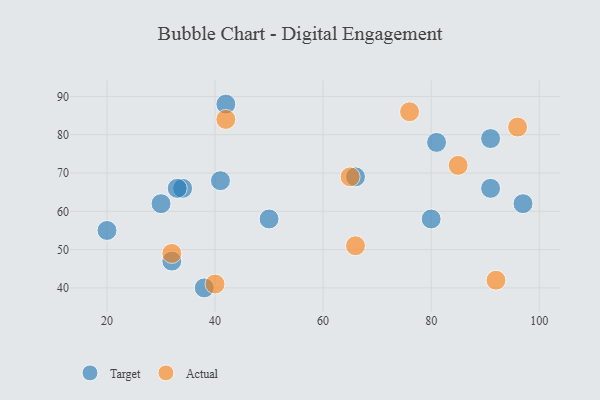
{"axis": {"x": "GDP", "y": "Life Expectancy"}, "legend": ["Actual", "Target"], "data": [{"x": "42", "y": 88, "type": "Target"}, {"x": "50", "y": 58, "type": "Target"}, {"x": "34", "y": 66, "type": "Target"}, {"x": "38", "y": 40, "type": "Target"}, {"x": "20", "y": 55, "type": "Target"}, {"x": "41", "y": 68, "type": "Target"}, {"x": "80", "y": 58, "type": "Target"}, {"x": "91", "y": 66, "type": "Target"}, {"x": "33", "y": 66, "type": "Target"}, {"x": "97", "y": 62, "type": "Target"}, {"x": "32", "y": 47, "type": "Target"}, {"x": "30", "y": 62, "type": "Target"}, {"x": "81", "y": 78, "type": "Target"}, {"x": "66", "y": 69, "type": "Target"}, {"x": "91", "y": 79, "type": "Target"}, {"x": "66", "y": 51, "type": "Actual"}, {"x": "96", "y": 82, "type": "Actual"}, {"x": "92", "y": 42, "type": "Actual"}, {"x": "85", "y": 72, "type": "Actual"}, {"x": "40", "y": 41, "type": "Actual"}, {"x": "32", "y": 49, "type": "Actual"}, {"x": "65", "y": 69, "type": "Actual"}, {"x": "76", "y": 86, "type": "Actual"}, {"x": "42", "y": 84, "type": "Actual"}]}